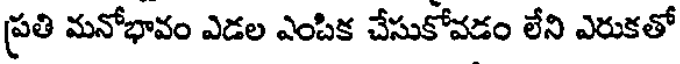
ప్రతి మనోభావం ఎడల ఎంపిక చేసుకోవడం లేని ఎరుకతో